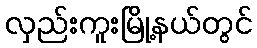
လှည်းကူးမြို့နယ်တွင်